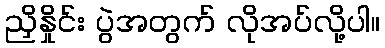
ညှိနှိုင်း ပွဲအတွက် လိုအပ်လို့ပါ။